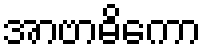
အာဗာဓိကော